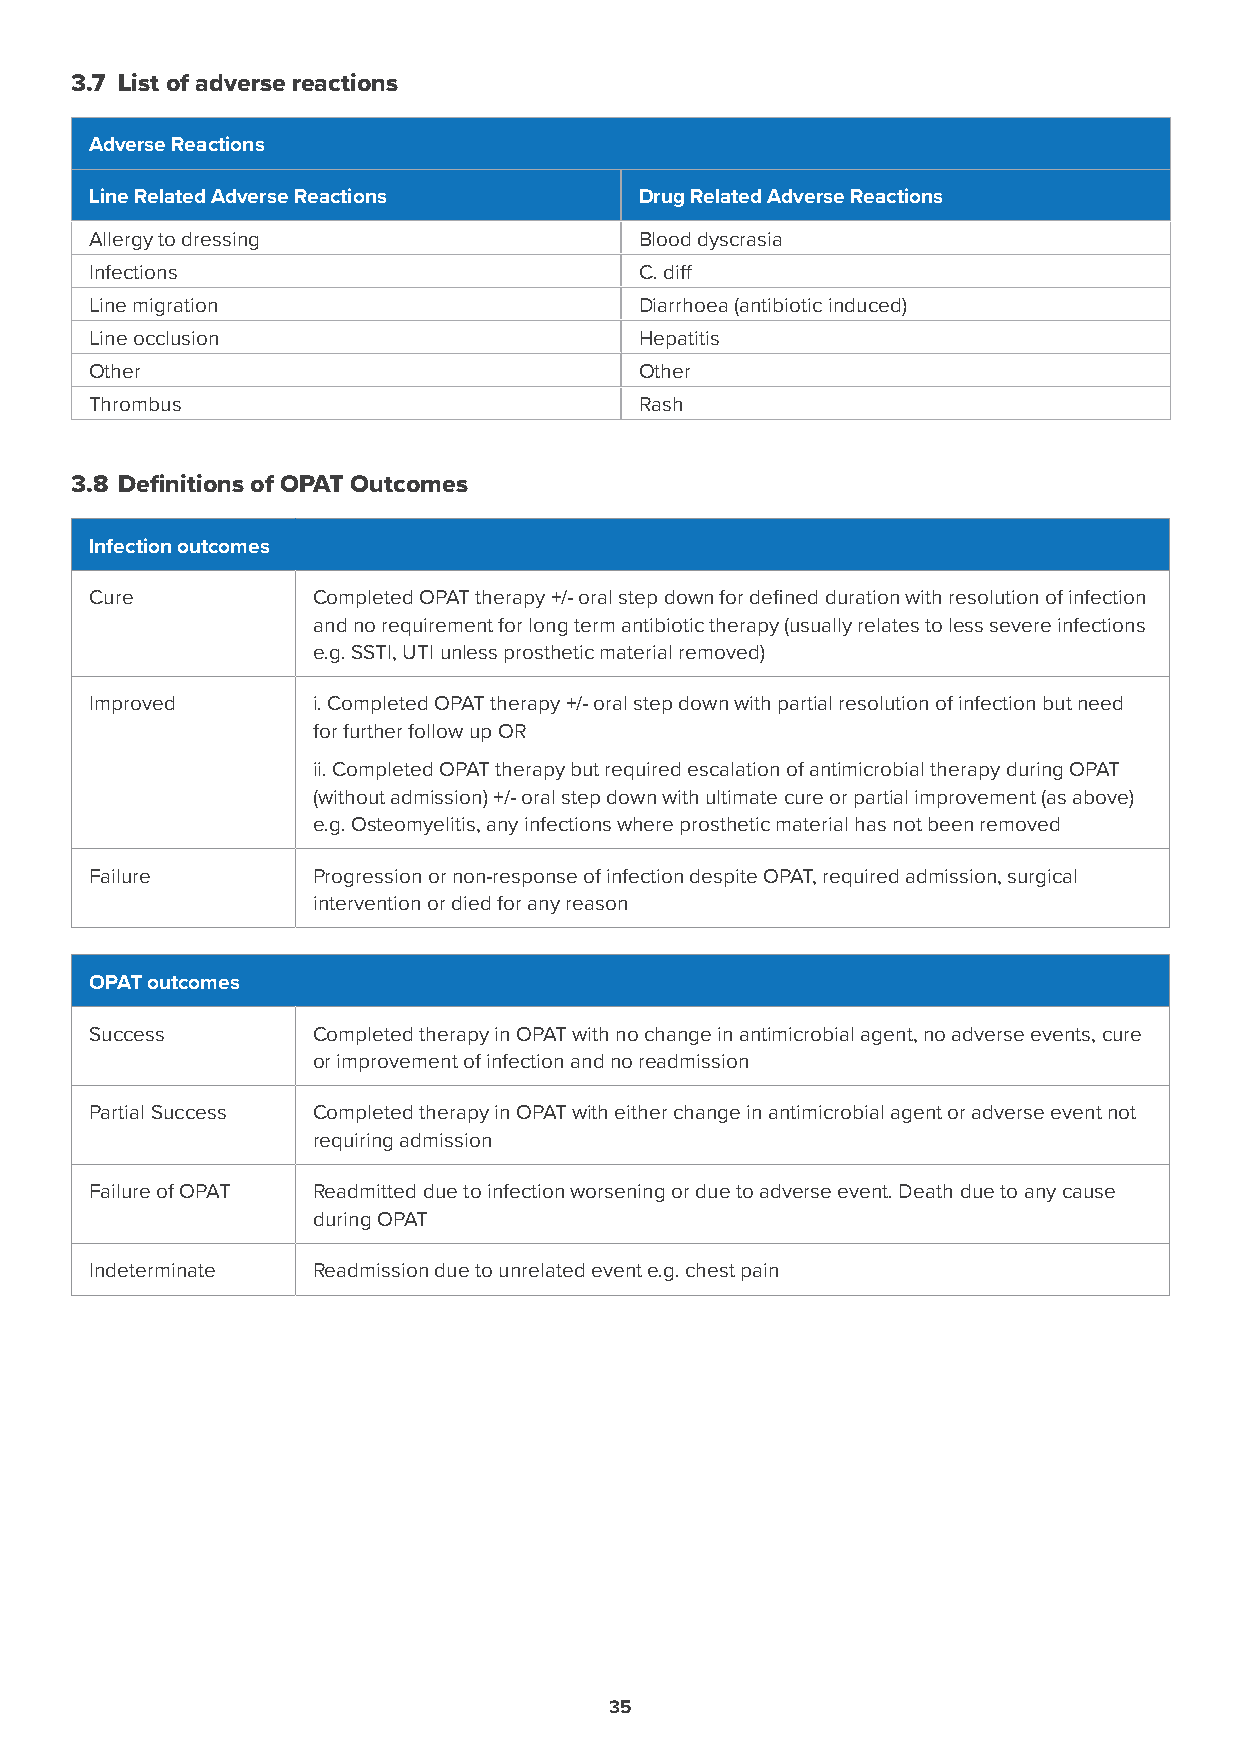
3.7 List of adverse reactions
 Adverse Reactions
 Line Related Adverse Reactions      Drug Related Adverse Reactions
 Allergy to dressing                 Blood dyscrasia
 Infections                          C. diff
 Line migration                      Diarrhoea (antibiotic induced)
 Line occlusion                      Hepatitis
 Other                               Other
 Thrombus                            Rash
 3.8 Definitions of OPAT Outcomes
 Infection outcomes
 Cure           Completed OPAT therapy +/- oral step down for defined duration with resolution of infection
 and no requirement for long term antibiotic therapy (usually relates to less severe infections
 e.g. SSTI, UTI unless prosthetic material removed)
 Improved       i. Completed OPAT therapy +/- oral step down with partial resolution of infection but need
 for further follow up OR
 ii. Completed OPAT therapy but required escalation of antimicrobial therapy during OPAT
 (without admission) +/- oral step down with ultimate cure or partial improvement (as above)
 e.g. Osteomyelitis, any infections where prosthetic material has not been removed
 Failure        Progression or non-response of infection despite OPAT, required admission, surgical
 intervention or died for any reason
 OPAT outcomes
 Success        Completed therapy in OPAT with no change in antimicrobial agent, no adverse events, cure
 or improvement of infection and no readmission
 Partial Success Completed therapy in OPAT with either change in antimicrobial agent or adverse event not
 requiring admission
 Failure of OPAT Readmitted due to infection worsening or due to adverse event. Death due to any cause
 during OPAT
 Indeterminate  Readmission due to unrelated event e.g. chest pain
 35